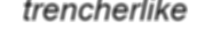
trencherlike